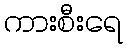
ကားစီးရေ